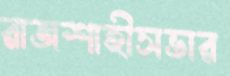
রাজশাহীসভার